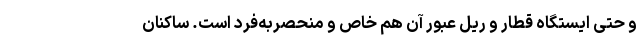
و حتی ایستگاه قطار و ریل عبور آن هم خاص و منحصر‌به‌فرد است. ساکنان